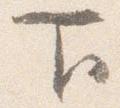
下